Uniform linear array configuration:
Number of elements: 64
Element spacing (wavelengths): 1
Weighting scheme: kaiser
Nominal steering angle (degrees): -60
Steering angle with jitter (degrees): -59.584
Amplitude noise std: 0.05
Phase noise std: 0.05

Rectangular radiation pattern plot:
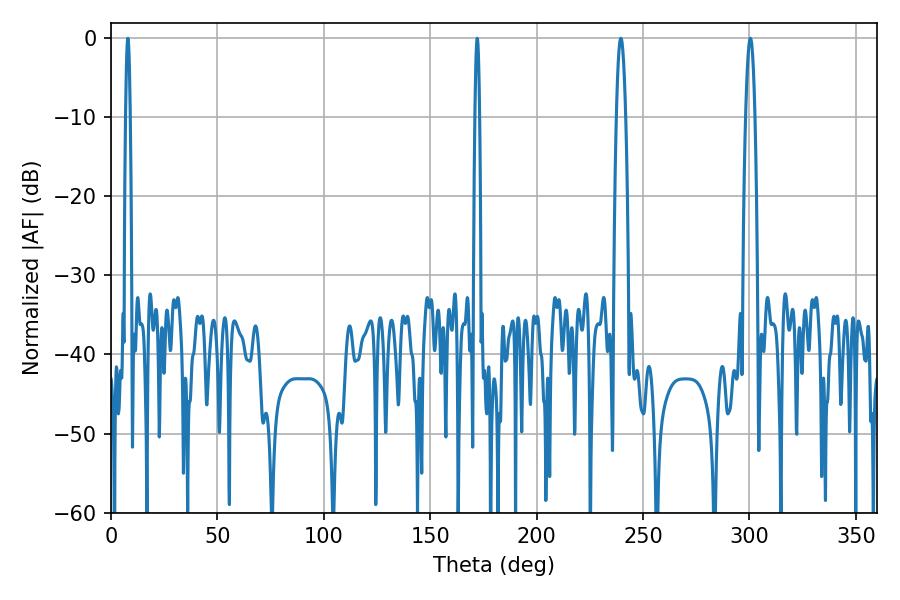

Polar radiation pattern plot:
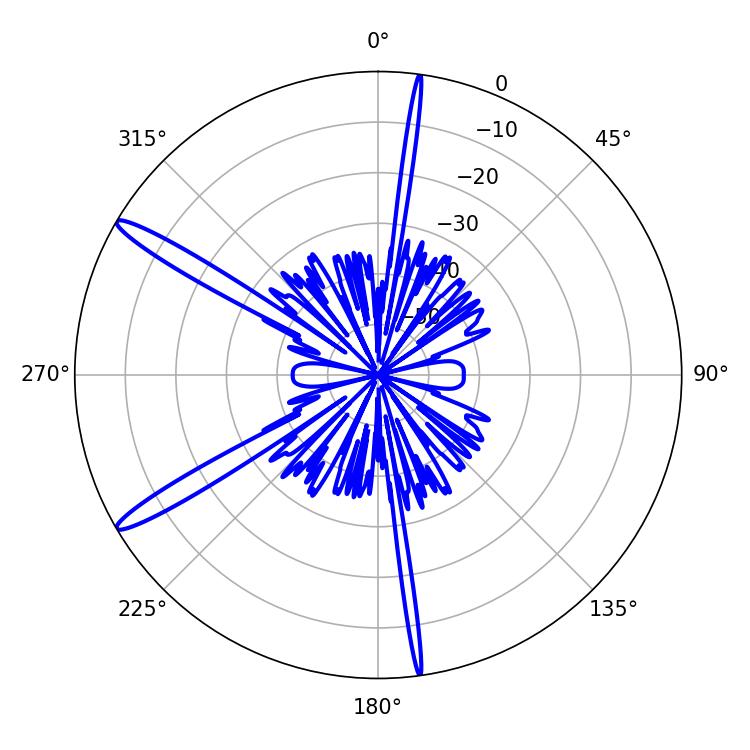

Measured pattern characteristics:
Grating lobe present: TRUE
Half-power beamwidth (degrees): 1.08
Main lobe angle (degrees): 7.92